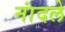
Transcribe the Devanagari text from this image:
नांदले